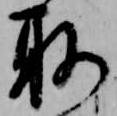
取